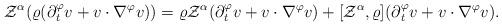
LaTeX: \begin{align*} \mathcal{Z}^\alpha(\varrho(\partial{_t^\varphi}v+v\cdot\nabla^\varphi v))=\varrho\mathcal{Z}^\alpha(\partial{_t^\varphi}v+v\cdot\nabla^\varphi v)+[\mathcal{Z}^\alpha,\varrho](\partial{_t^\varphi}v+v\cdot\nabla^\varphi v).\end{align*}